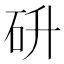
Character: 𮵋